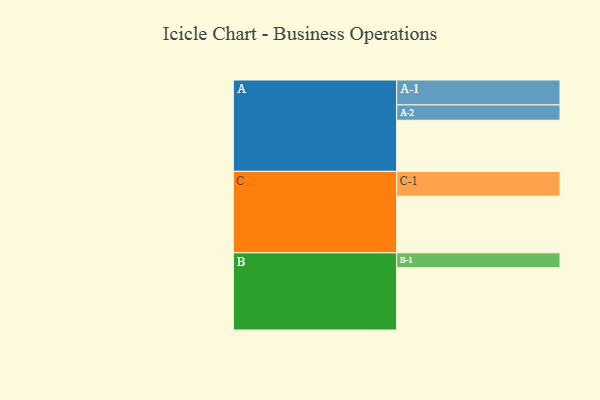
{"axis": {"x": "Segment", "y": "Value"}, "legend": ["", "A", "B", "C"], "data": [{"x": "A", "y": 486, "type": ""}, {"x": "B", "y": 592, "type": ""}, {"x": "C", "y": 539, "type": ""}, {"x": "A-1", "y": 237, "type": "A"}, {"x": "A-2", "y": 146, "type": "A"}, {"x": "B-1", "y": 142, "type": "B"}, {"x": "C-1", "y": 236, "type": "C"}]}